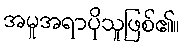
အမူအရာပိုသူဖြစ်၏။